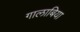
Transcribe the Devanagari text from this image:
गालाबिया